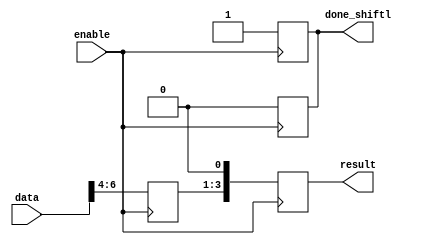
module l_shift #(
    parameter inputsize = 8
)(data, enable, result, done_shiftl);


input [inputsize-1:0] data;
input enable; 
output reg [3:0] result;
output reg done_shiftl;
reg  [3:0]A ;

always @ (posedge enable) begin
    A <= data[7:4];
    result <= {A[2:0],1'b0};
    done_shiftl <= 1'b1;
end
always @(negedge enable ) begin
    done_shiftl <= 1'b0;    
end

endmodule